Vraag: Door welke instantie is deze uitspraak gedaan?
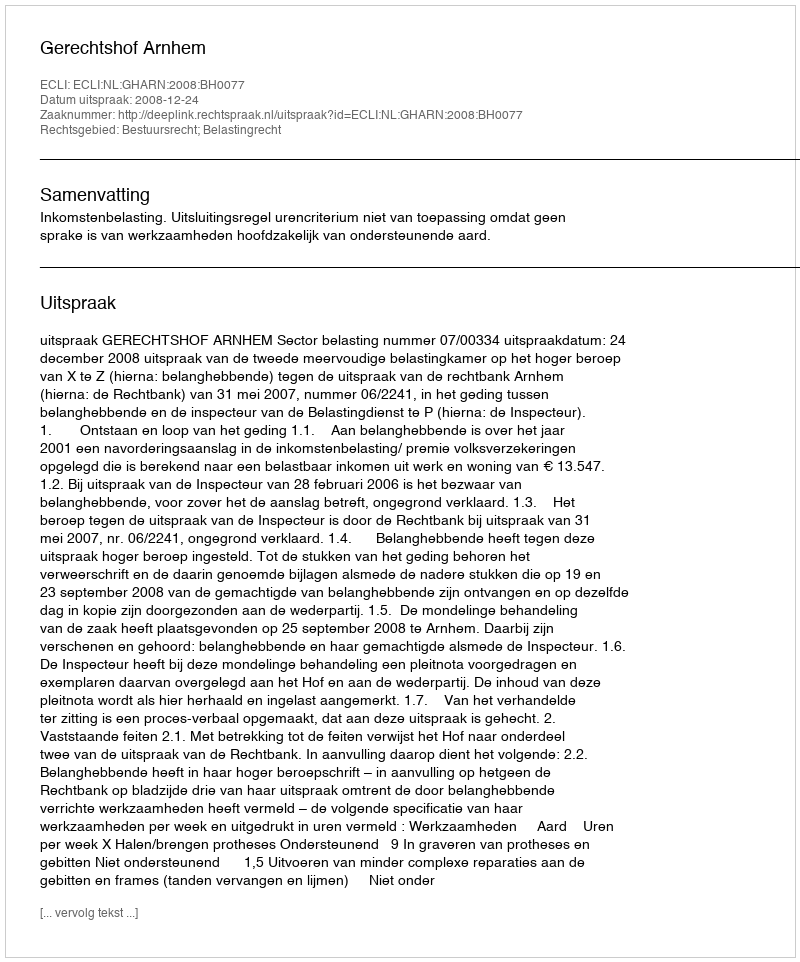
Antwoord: Gerechtshof Arnhem